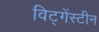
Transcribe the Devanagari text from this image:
विट्गेंस्टीन